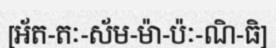
[អ័ត-តៈ-ស័ម-ម៉ា-ប៉ៈ-ណិ-ធិ]